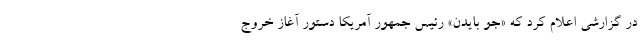
در گزارشی اعلام کرد که «جو بایدن» رئیس جمهور آمریکا دستور آغاز خروج